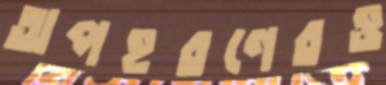
অপহরণেরও